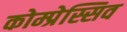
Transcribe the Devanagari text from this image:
कोम्प्रेस्सिव